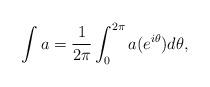
LaTeX: \begin{align*}\int a = \frac{1}{2\pi} \int_0^{2\pi} a(e^{i\theta}) d\theta,\end{align*}